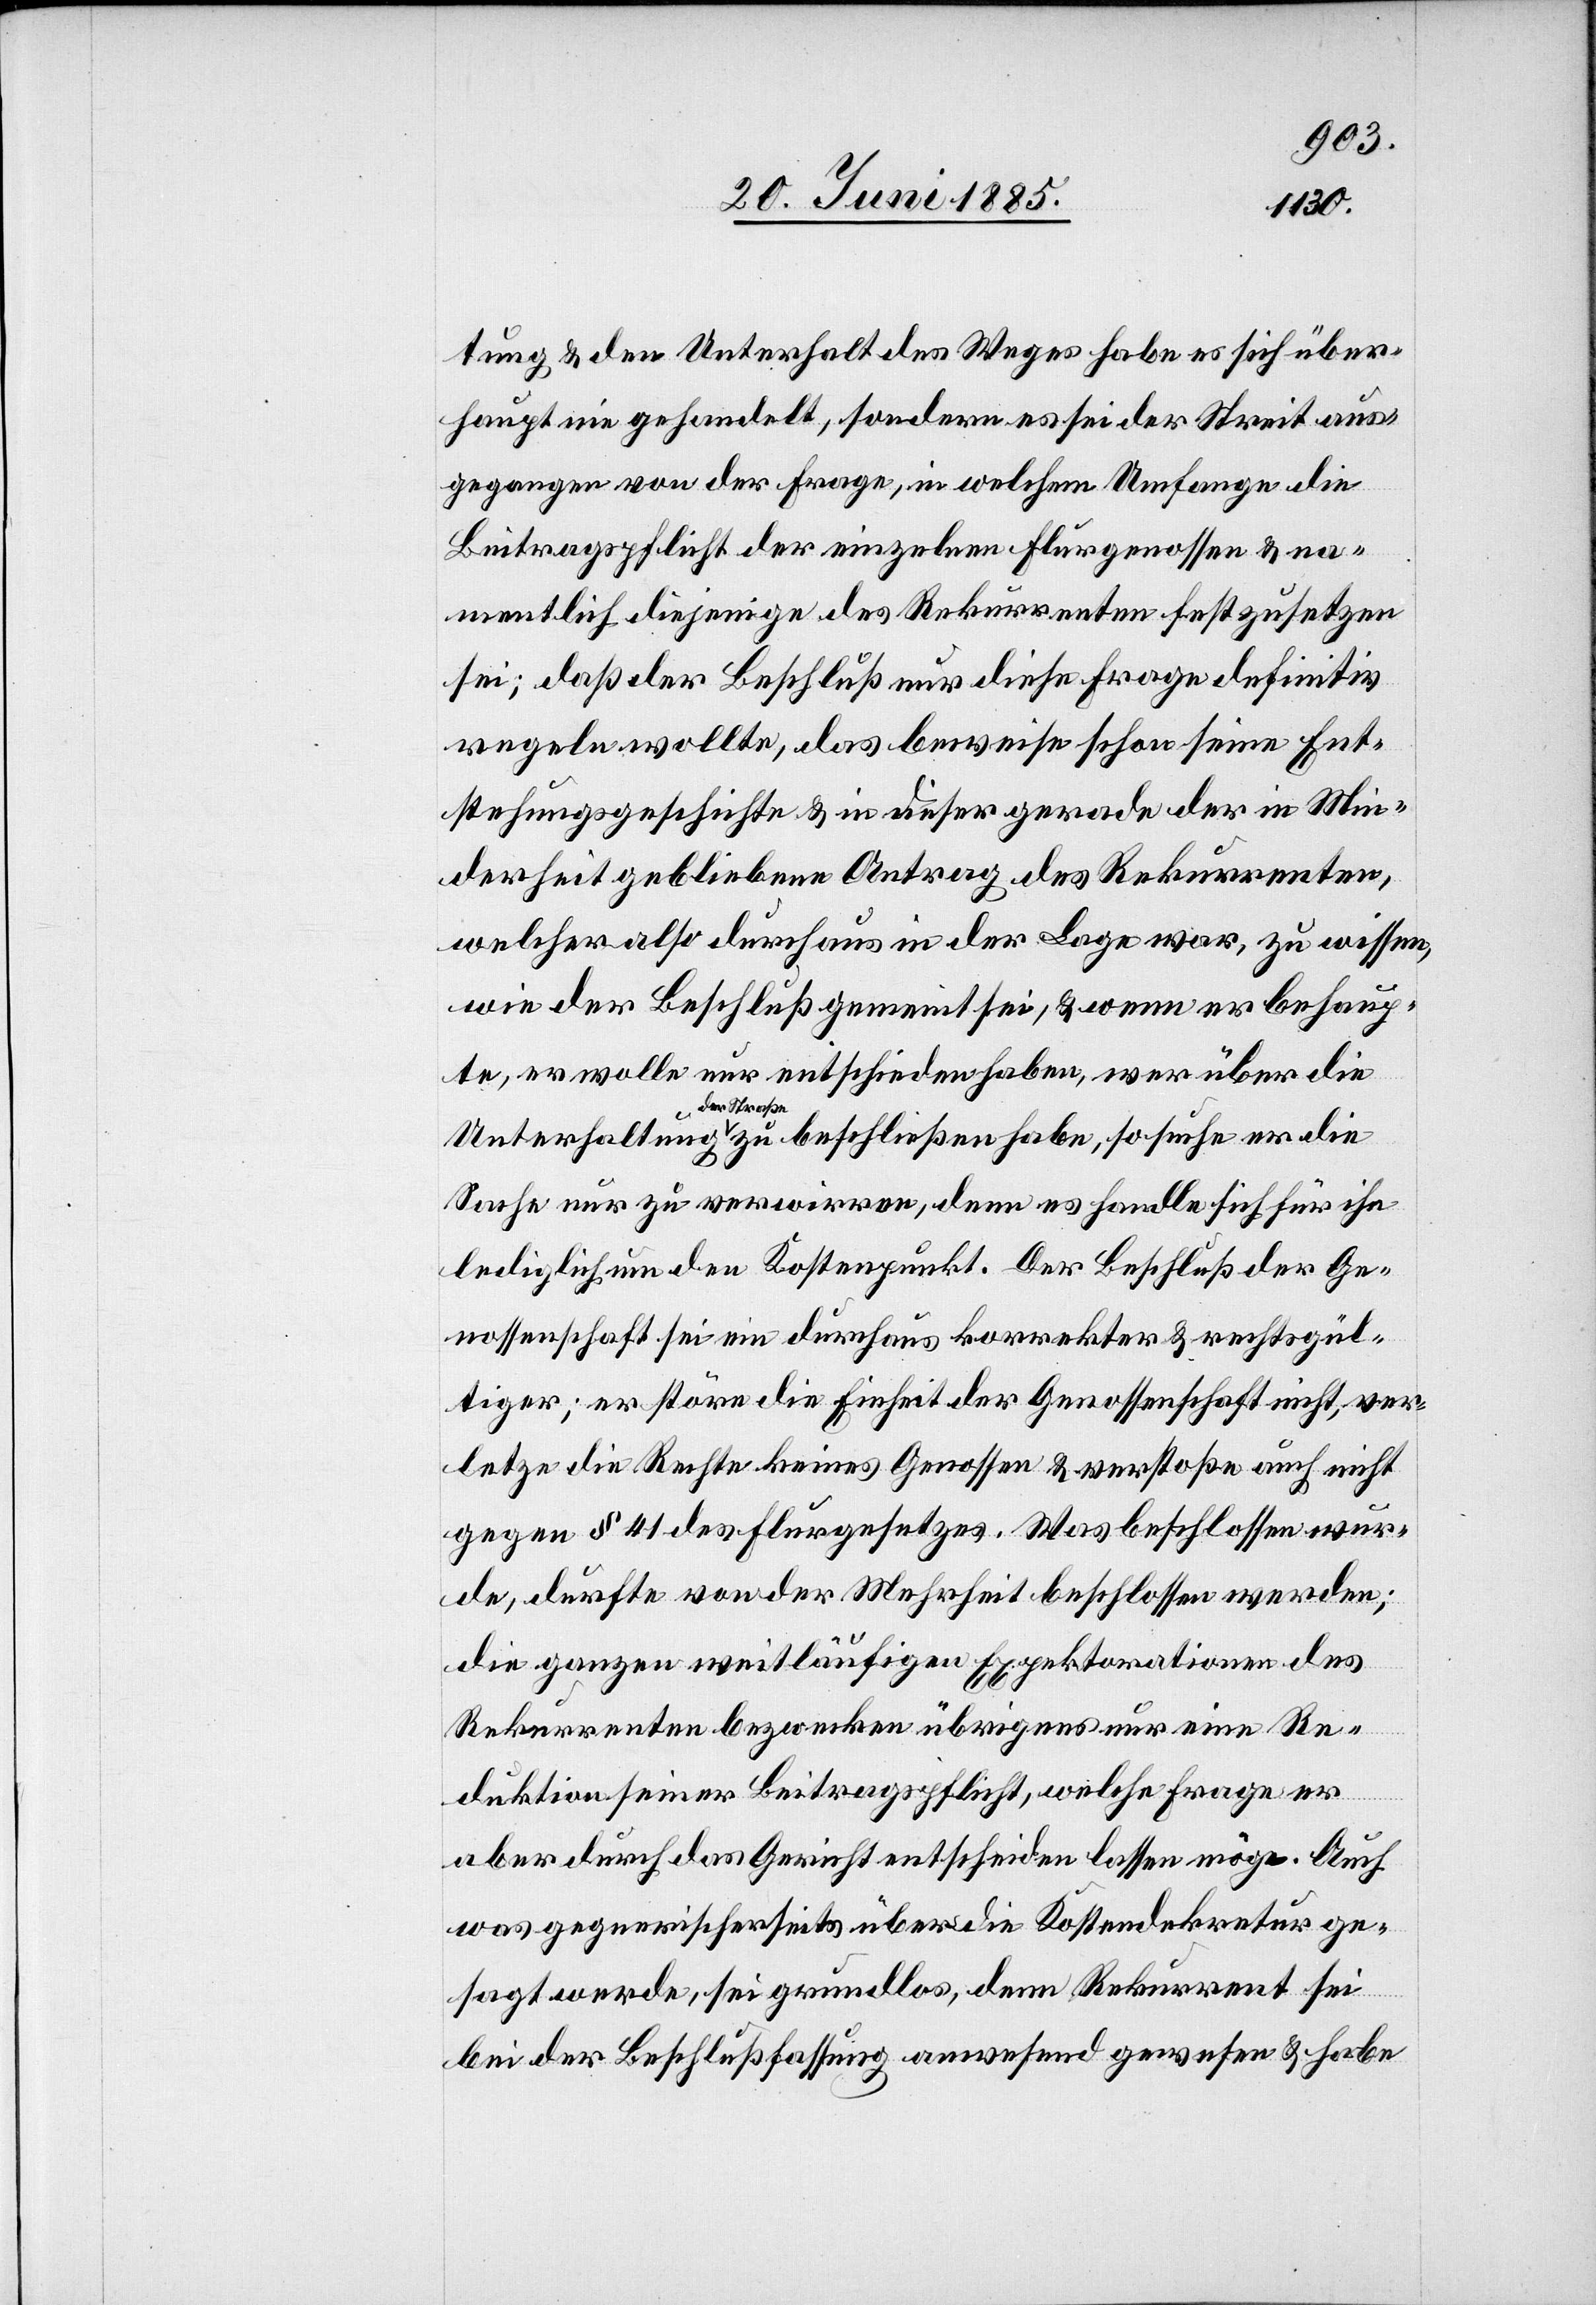
tung & den Unterhalt des Weges habe es sich über¬
haupt nie gehandelt, sondern es sei der Streit aus¬
gegangen von der Frage, in welchem Umfange die
Beitragspflicht der einzelnen Flurgenossen & na¬
mentlich diejenige des Rekurrenten festzusetzen
sei; daß der Beschluß nur diese Frage definitiv
regeln wollte, das beweise schon seine Ent¬
stehungsgeschichte & in dieser gerade der in Min¬
derheit gebliebene Antrag des Rekurrenten,
welcher also durchaus in der Lage war, zu wissen,
wie der Beschluß gemeint sei, & wenn er behaup¬
te, er wolle nur entschieden haben, wer über die
der Straße
Sache nur zu verwirren, denn es handle sich für ihn
lediglich um den Kostenpunkt. Der Beschluß der Ge¬
nossenschaft sei ein durchaus korrekter & rechtsgül¬
tiger; er störe die Einheit der Genossenschaft nicht, ver¬
letze die Rechte keines Genossen & verstoße auch nicht
gegen § 41 des Flurgesetzes. Was beschlossen wur¬
de, dürfte von der Mehrheit beschlossen werden;
die ganzen weitläufigen Expektorationen des
Rekurrenten bezwecken übrigens nur eine Re¬
duktion seiner Beitragspflicht, welche Frage er
aber durch das Gericht entscheiden lassen möge. Auch
was gegnerischerseits über die Kostendekretur ge¬
die
sagt werde, sei grundlos, denn Rekurrent sei
bei der Beschlußfassung anwesend gewesen & habe